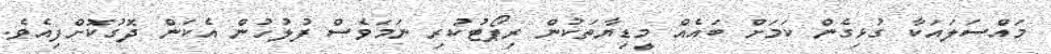
މައްސަލައަކާ ގުޅިގެން ކަމަށް ބައެއް މީޑިޔާތަކުން ރިޕޯޓުކުރި ނަމަވެސް ފުލުހުން އެކަން ދޮގުކޮށްފިއެވެ.